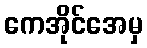
ကေအိုင်အေမှ